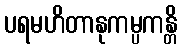
ပရမဟိတာနုကမ္ပကန္တိ